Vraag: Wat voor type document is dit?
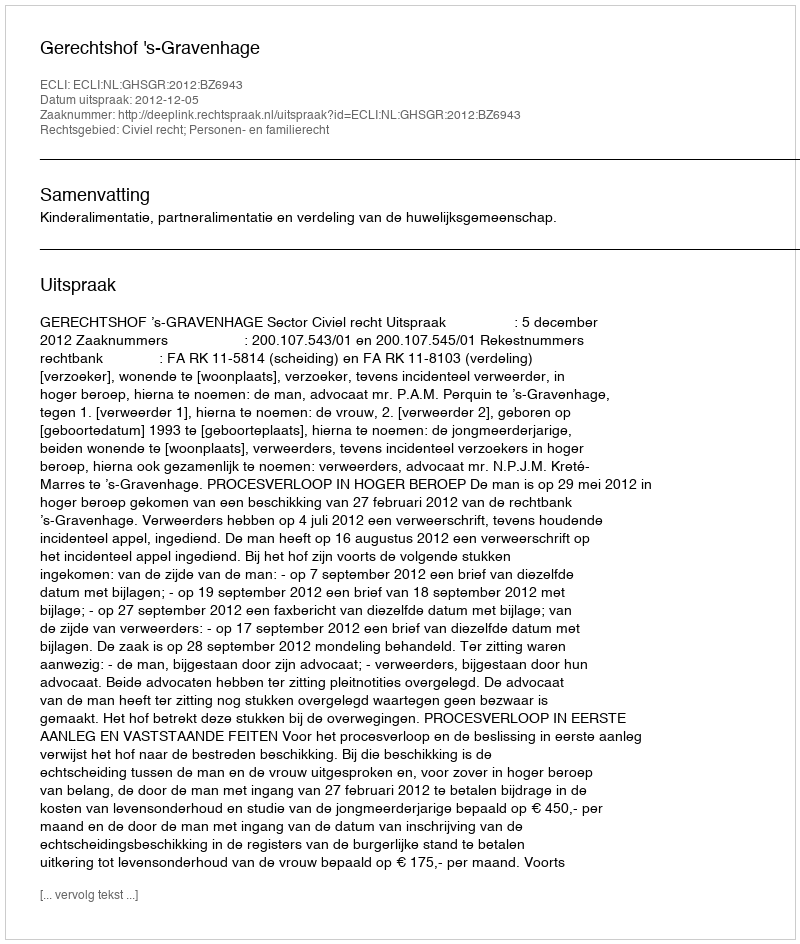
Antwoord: Uitspraak